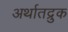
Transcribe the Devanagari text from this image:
अर्थातद्रुक